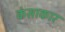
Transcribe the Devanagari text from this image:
कंसाकार